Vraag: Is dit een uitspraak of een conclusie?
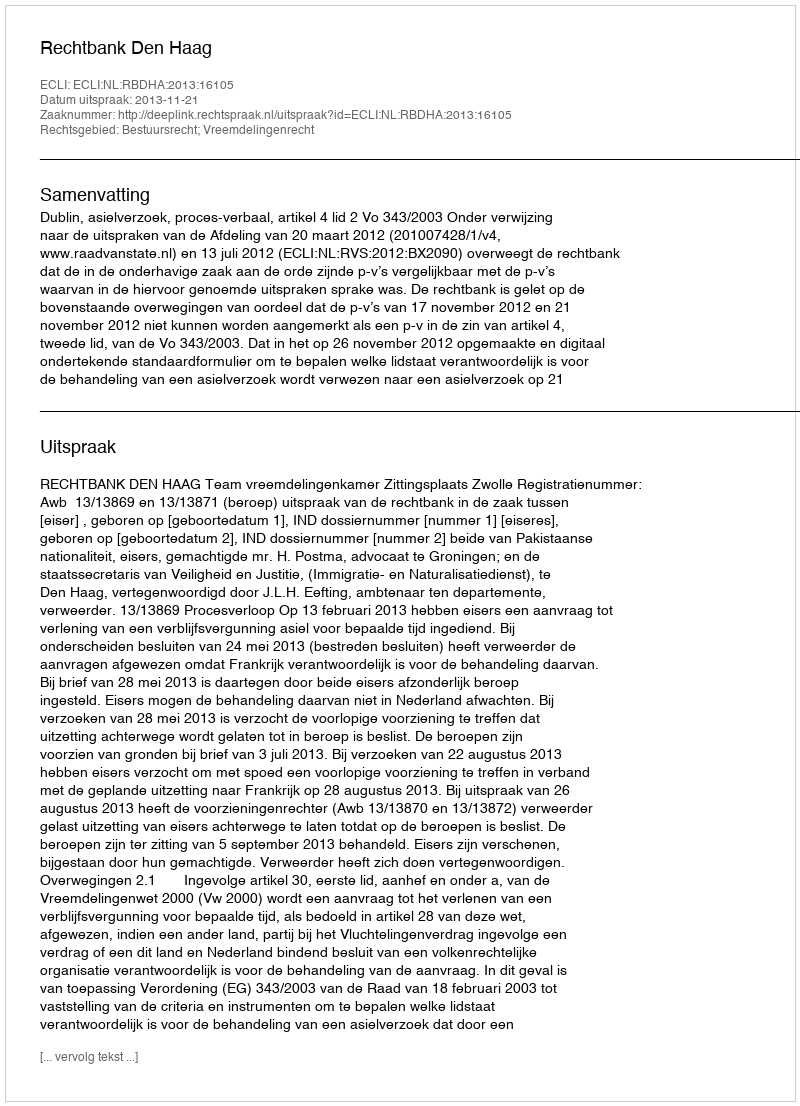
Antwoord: Uitspraak